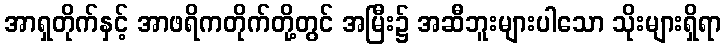
အာရှတိုက်နှင့် အာဖရိကတိုက်တို့တွင် အမြီး၌ အဆီဘူးများပါသော သိုးများရှိရာ